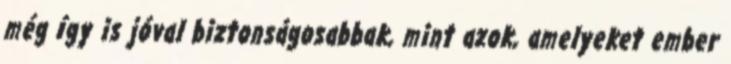
még így is jóval biztonságosabbak, mint azok, amelyeket ember